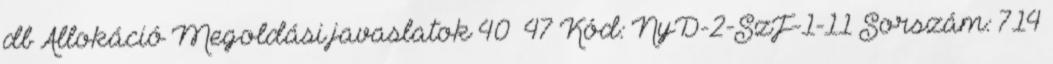
db Allokáció Megoldási javaslatok 40 47 Kód: NyD-2-SzF-1-11 Sorszám: 714